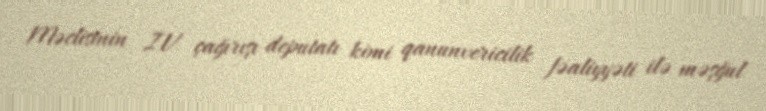
Məclisinin IV çağırışı deputatı kimi qanunvericilik fəaliyyəti ilə məşğul